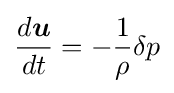
{\frac {d{\boldsymbol {u}}}{dt}}=-{\frac {1}{\rho }}\delta p